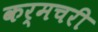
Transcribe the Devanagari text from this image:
कर्मचरी